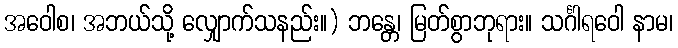
အဝေါစ၊ အဘယ်သို့ လျှောက်သနည်း။) ဘန္တေ၊ မြတ်စွာဘုရား။ သင်္ဂါရဝေါ နာမ၊